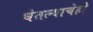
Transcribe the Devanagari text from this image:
घेतल्याचेही